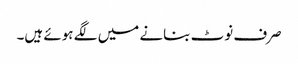
صرف نوٹ بنانے میں لگے ہوئے ہیں۔